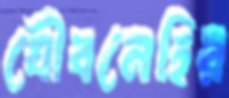
যৌবনেহির